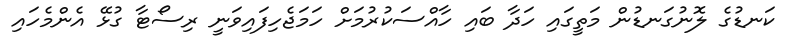
ކަނޑުގެ ލޮނުގަނޑުން މަތީގައި ހަދާ ބައި ހާއްސަކުރުމަށް ހަމަޖެހިފައިވަނީ ރިސޯޓާ ގުޅޭ އެންމެހައި